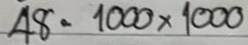
48 = 1000 x 1000